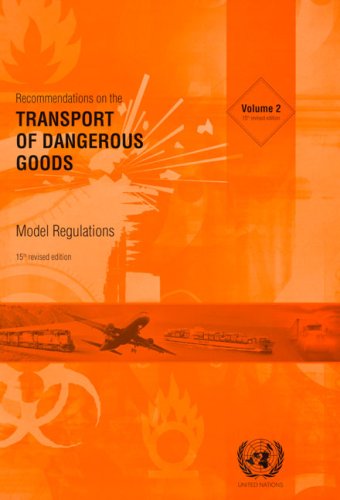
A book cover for Recommendations on the Transport of Dangerous Goods: Model Regulations; United Nations; Law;